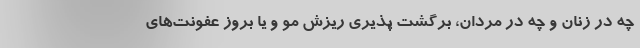
چه در زنان و چه در مردان، برگشت پذیری ریزش مو و یا بروز عفونت‌های